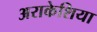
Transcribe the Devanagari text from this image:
अराकेशिया